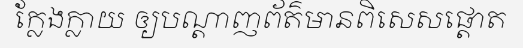
ក្លែងក្លាយ ឲ្យបណ្តាញព័ត៌មានពិសេសផ្តោត